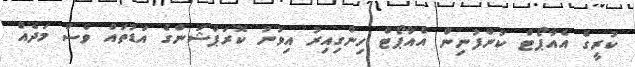
ކުރީގެ އެއާޕޯޓް ކުންފުނިން އެއާޕޯޓް ހިންގިއިރު އިވުނު ކޮރަޕްޝަންގެ އަޑުތައް ވެސް މަދެއް